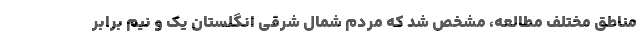
مناطق مختلف مطالعه، مشخص شد که مردم شمال شرقی انگلستان یک و نیم برابر